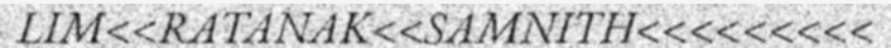
LIM<<RATANAK<<SAMNITH<<<<<<<<<